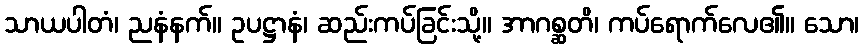
သာယပါတံ၊ ညနံနက်။ ဥပဋ္ဌာနံ၊ ဆည်းကပ်ခြင်းသို့။ အာဂစ္ဆတိ၊ ကပ်ရောက်လေ၏။ သော၊